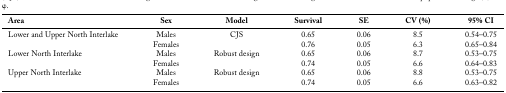
<table><thead><tr><td><b>Area</b></td><td><b>Sex</b></td><td><b>Model</b></td><td><b>Survival</b></td><td><b>SE</b></td><td><b>CV (%)</b></td><td><b>95% CI</b></td></tr></thead><tbody><tr><td>Lower and Upper North Interlake</td><td>Males</td><td>CJS</td><td>0.65</td><td>0.06</td><td>8.5</td><td>0.54–0.75</td></tr><tr><td></td><td>Females</td><td></td><td>0.76</td><td>0.05</td><td>6.3</td><td>0.65–0.84</td></tr><tr><td>Lower North Interlake</td><td>Males</td><td>Robust design</td><td>0.65</td><td>0.06</td><td>8.7</td><td>0.53–0.75</td></tr><tr><td></td><td>Females</td><td></td><td>0.74</td><td>0.05</td><td>6.6</td><td>0.64–0.83</td></tr><tr><td>Upper North Interlake</td><td>Males</td><td>Robust design</td><td>0.65</td><td>0.06</td><td>8.8</td><td>0.53–0.75</td></tr><tr><td></td><td>Females</td><td></td><td>0.74</td><td>0.05</td><td>6.6</td><td>0.63–0.82</td></tr></tbody></table>